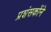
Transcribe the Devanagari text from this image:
प्रशंसकोंने